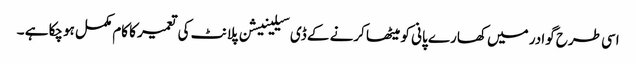
اسی طرح گوادر میں کھارے پانی کو میٹھا کرنے کے ڈی سیلینیشن پلانٹ کی تعمیر کا کام مکمل ہوچکا ہے ۔